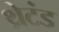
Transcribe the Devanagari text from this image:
थ्रेटंड